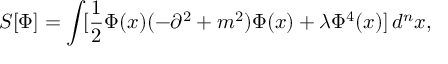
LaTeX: S [ \Phi ] = \int \! [ \frac { 1 } { 2 } \Phi ( x ) ( - \partial ^ { 2 } + m ^ { 2 } ) \Phi ( x ) + \lambda \Phi ^ { 4 } ( x ) ] \, d ^ { n } x ,